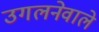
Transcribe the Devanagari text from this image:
उगलनेवाले